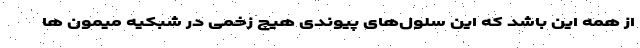
از همه این باشد که این سلول‌های پیوندی هیچ زخمی در شبکیه میمون ها